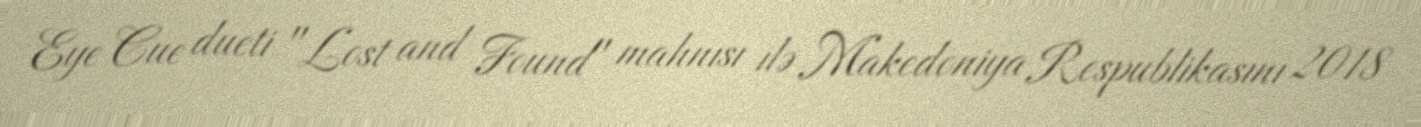
Eye Cue dueti "Lost and Found" mahnısı ilə Makedoniya Respublikasını 2018